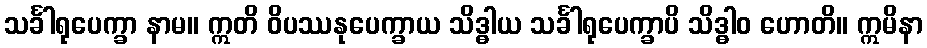
သင်္ခါရုပေက္ခာ နာမ။ ဣတိ ဝိပဿနုပေက္ခာယ သိဒ္ဓါယ သင်္ခါရုပေက္ခာပိ သိဒ္ဓါဝ ဟောတိ။ ဣမိနာ